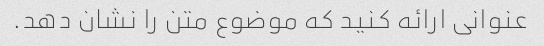
عنوانی ارائه کنید که موضوع متن را نشان دهد.